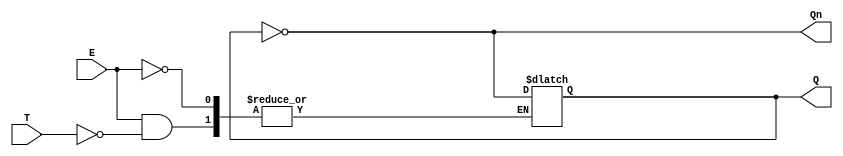
module Gated_T_Latch (
    input wire T,      // Toggle input
    input wire E,      // Enable input
    output reg Q,      // Output
    output wire Qn     // Complement of output
);

// Complement of Q
assign Qn = ~Q;

// Always block to implement the Gated T Latch functionality
always @(E or T) begin
    if (E) begin
        if (T) begin
            Q <= ~Q; // Toggle the output if T is high
        end
        // If T is low, Q remains unchanged
    end
    // If E is low, Q remains unchanged
end

endmodule